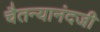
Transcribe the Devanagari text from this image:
चैतन्यानंदजी